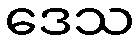
ဒေသ